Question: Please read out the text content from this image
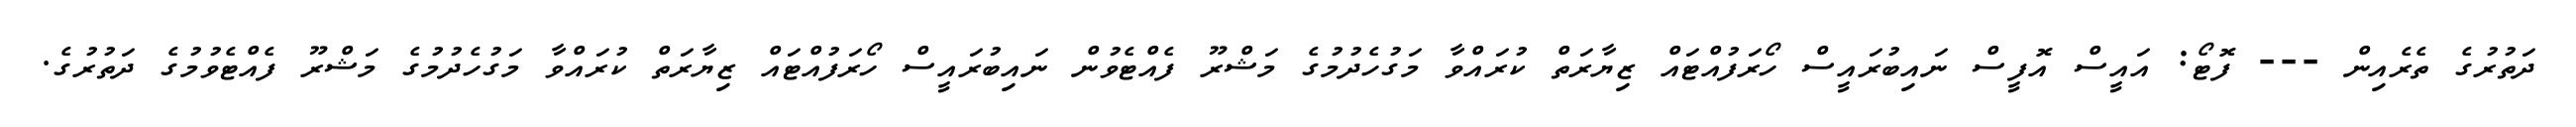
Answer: ދަތުރުގެ ތެރެއިން --- ފޮޓޯ: އައީސް އޮފީސް ނައިބުރައީސް ހޯރަފުއްޓައް ޒިޔާރަތް ކުރައްވާ މަގުހެދުމުގެ މަޝްރޫ ފެއްޓެވުން ނައިބުރައީސް ހޯރަފުއްޓައް ޒިޔާރަތް ކުރައްވާ މަގުހެދުމުގެ މަޝްރޫ ފެއްޓެވުމުގެ ދަތުރުގެ.